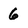
Character: 6